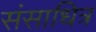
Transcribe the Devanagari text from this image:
संसाधित्र